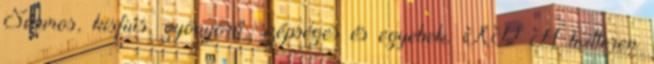
Sármos, kisfiús, gyönyörű, szépséges és egyebek. XD A twitteren